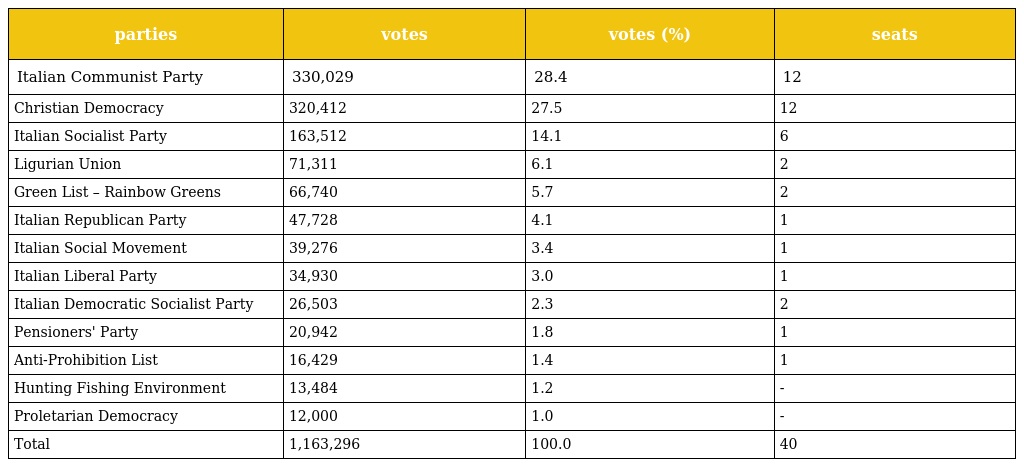
| parties | votes | votes (%) | seats |
 | --- | --- | --- | --- |
 | Italian Communist Party | 330,029 | 28.4 | 12 |
 | Christian Democracy | 320,412 | 27.5 | 12 |
 | Italian Socialist Party | 163,512 | 14.1 | 6 |
 | Ligurian Union | 71,311 | 6.1 | 2 |
 | Green List – Rainbow Greens | 66,740 | 5.7 | 2 |
 | Italian Republican Party | 47,728 | 4.1 | 1 |
 | Italian Social Movement | 39,276 | 3.4 | 1 |
 | Italian Liberal Party | 34,930 | 3.0 | 1 |
 | Italian Democratic Socialist Party | 26,503 | 2.3 | 2 |
 | Pensioners' Party | 20,942 | 1.8 | 1 |
 | Anti-Prohibition List | 16,429 | 1.4 | 1 |
 | Hunting Fishing Environment | 13,484 | 1.2 | - |
 | Proletarian Democracy | 12,000 | 1.0 | - |
 | Total | 1,163,296 | 100.0 | 40 |